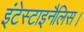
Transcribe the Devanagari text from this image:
इंटेस्टाइनैलिस।